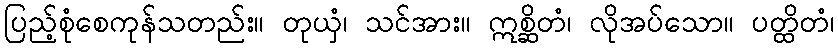
ပြည့်စုံစေကုန်သတည်း။ တုယှံ၊ သင်အား။ ဣစ္ဆိတံ၊ လိုအပ်သော။ ပတ္ထိတံ၊